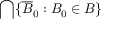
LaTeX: \bigcap \{ { \overline { { B } } } _ { 0 } : B _ { 0 } \in B \}